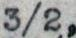
3/2,